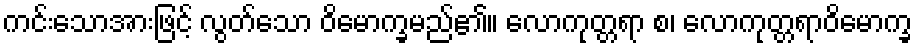
ကင်းသောအားဖြင့် လွတ်သော ဝိမောက္ခမည်၏။ လောကုတ္တရာ စ၊ လောကုတ္တရာဝိမောက္ခ